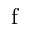
\mathrm { f }